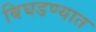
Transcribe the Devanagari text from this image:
बिघडण्यात